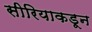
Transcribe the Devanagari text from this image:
सीरियाकडून